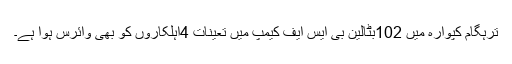
ترہگام کپوارہ میں 102بٹالین بی ایس ایف کیمپ میں تعینات 4اہلکاروں کو بھی وائرس ہوا ہے۔